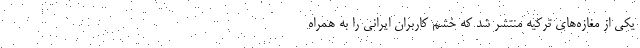
یکی از مغازه‌های ترکیه منتشر شد که خشم کاربران ایرانی را به همراه